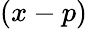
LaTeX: (x-p)